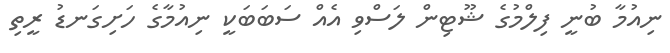
ނިއުމާ ބުނީ ފިލްމުގެ ޝޫޓިން ލަސްވި އެއް ސަބަބަކީ ނިއުމާގެ ހަށިގަނޑު ރީތި